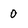
Character: 0